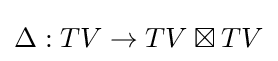
\Delta :TV\to TV\boxtimes TV